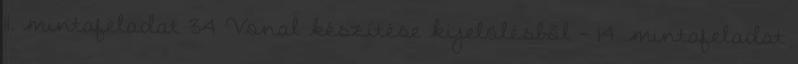
11. mintafeladat 34 Vonal készítése kijelölésből - 14. mintafeladat